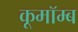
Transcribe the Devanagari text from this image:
कूमॉम्ब